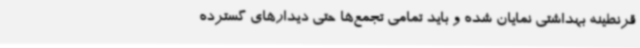
قرنطینه بهداشتی نمایان شده و باید تمامی تجمع‌ها حتی دیدارهای گسترده